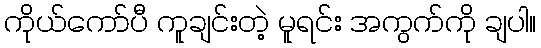
ကိုယ်ကော်ပီ ကူချင်းတဲ့ မူရင်း အကွက်ကို ချပါ။